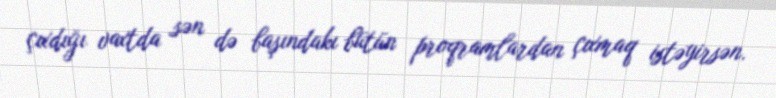
çıxdığı vaxtda sən də başındakı bütün proqramlardan çıxmaq istəyirsən.